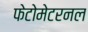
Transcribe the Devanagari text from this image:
फेटोमेटरनल